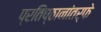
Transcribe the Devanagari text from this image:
प्रतिष्ठानांतर्फे